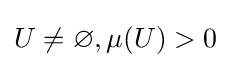
U\neq \varnothing ,\mu (U)>0